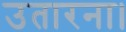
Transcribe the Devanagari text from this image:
उतारना।